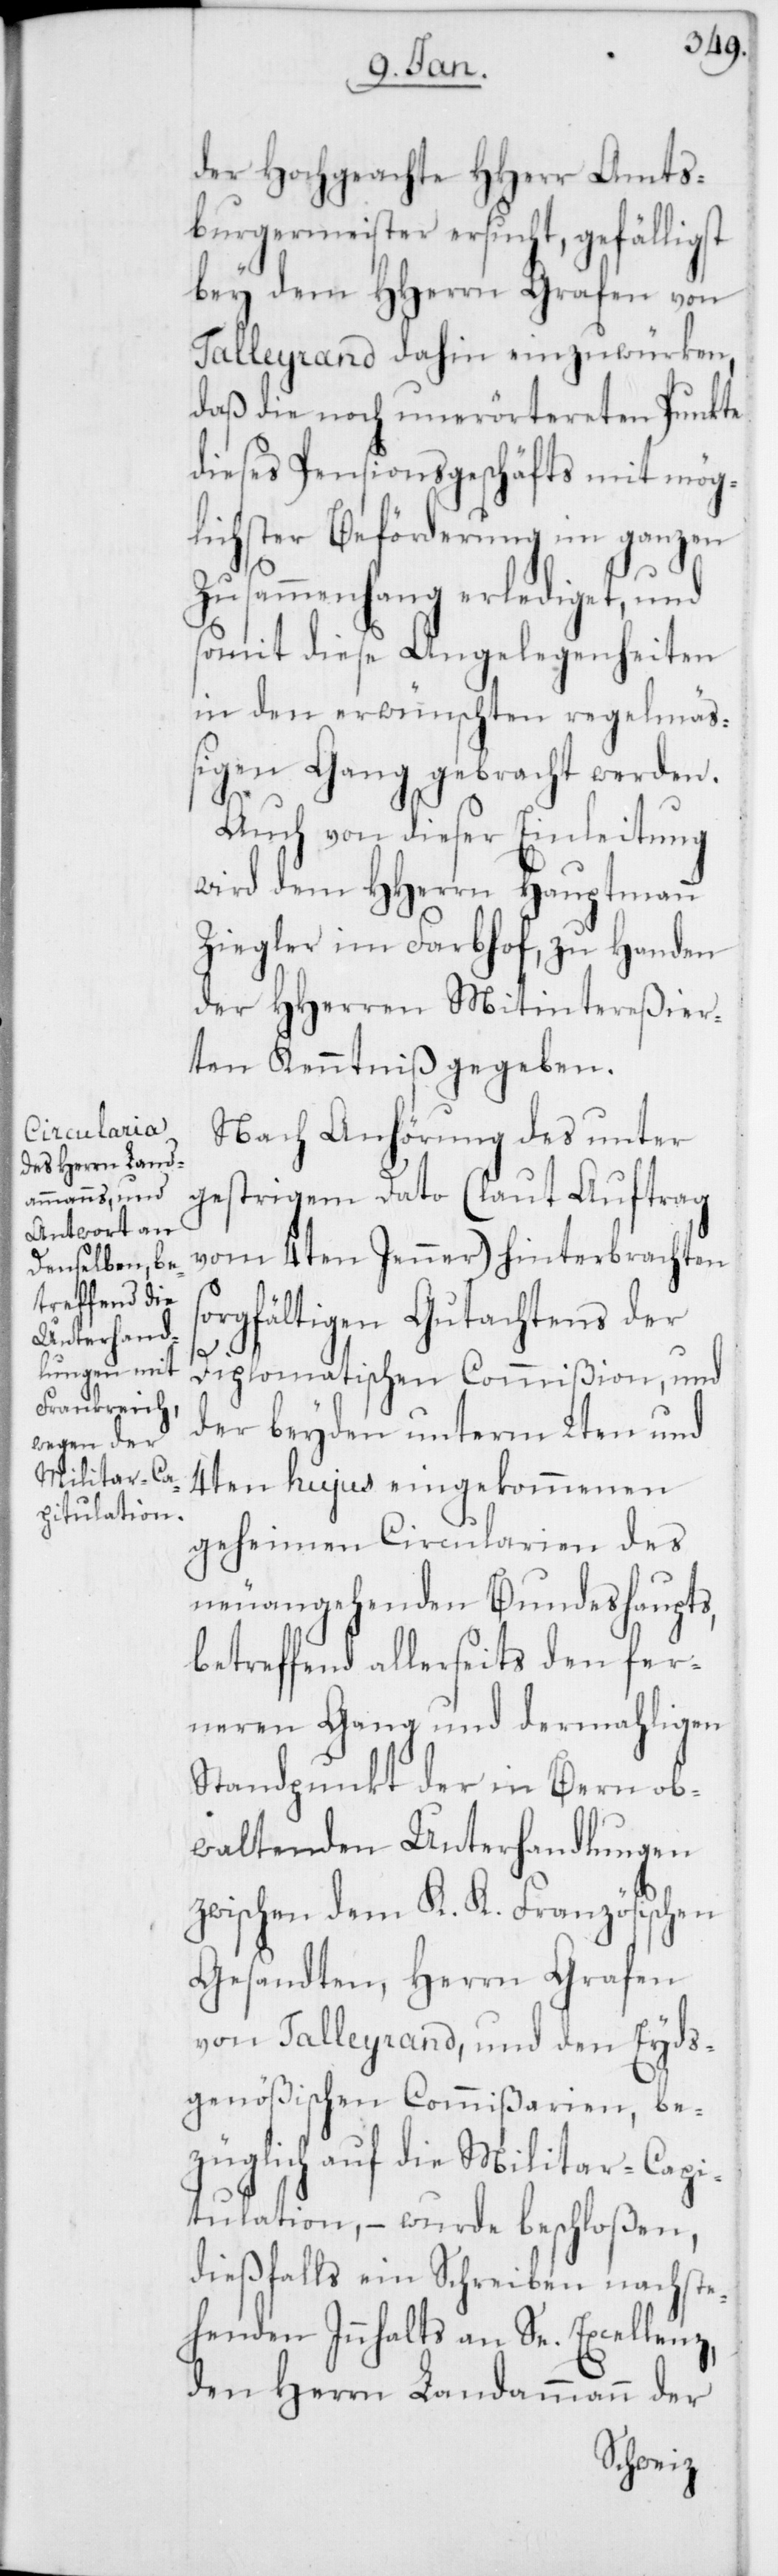
der Hochgeachte HHerr Amts¬
burgermeister ersucht, gefälligst
bey dem HHerrn Grafen von
Talleyrand dahin einzuwürken,
daß die noch unerörtereten Punkte
dieses Pensionsgeschäfts mit mög¬
lichster Beförderung im ganzen
Zusammenhang erlediget, und
somit diese Angelegenheiten
in den erwünschten regelmäß¬
igen Gang gebracht werden.
Auch von dieser Einleitung
wird dem HHerrn Hauptmann
Ziegler im Farbhof, zu Handen
der HHerren Mitintereßier¬
ten Kenntniß gegeben.
Nach Anhörung des unter
gestrigem Dato (laut Auftrag
vom 4ten Jenner) hinterbrachten
orgfältigen Gutachtens der
s¬
Diplomatischen Commißion, und
der beyden unterm 2ten und
4ten hujus eingekommenen
geheimen Circularien des
neuangehenden Bundeshaupts,
betreffend allerseits den fer¬
neren Gang und dermahligen
Standpunkt der in Bern ob¬
waltenden Unterhandlungen
zwischen dem K. K. Französischen
Gesandten, Herrn Grafen
von Talleyrand, und den Eyds¬
genößischen Commißarien, be¬
züglich auf die Militar-Capi¬
tulation, – wurde beschloßen,
dießfalls ein Schreiben nachste¬
henden Innhalts an Se. Excellenz,
den Herrn Landammann der